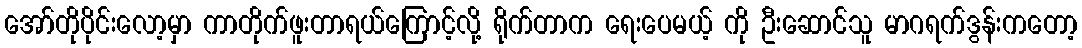
အော်တိုပိုင်းလော့မှာ ကာတိုက်ဖူးတာရယ်ကြောင့်လို့ ရိုက်တာက ရေးပေမယ့် ကို ဦးဆောင်သူ မာဂရက်ဒွန်းကတော့